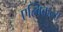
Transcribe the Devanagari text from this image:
एल्बिकन्स